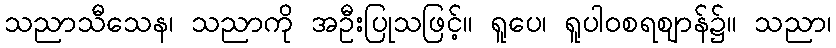
သညာသီသေန၊ သညာကို အဦးပြုသဖြင့်။ ရူပေ၊ ရူပါဝစရဈာန်၌။ သညာ၊